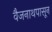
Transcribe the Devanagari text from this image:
वैजनाथपासून